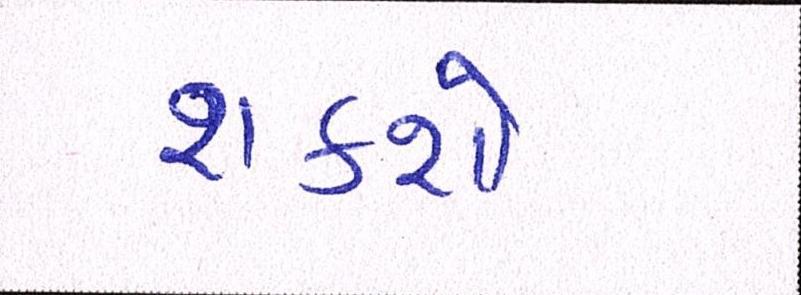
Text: શકશો